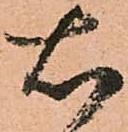
右